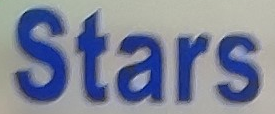
Stars